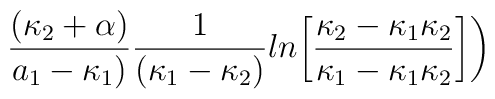
{(\kappa_2+\alpha)\over{a_1-\kappa_1)}}{1\over{(\kappa_1-\kappa_2)}}ln\biggl[{{\kappa_2-\kappa_1\kappa_2}\over{\kappa_1-\kappa_1\kappa_2}}\biggr]\biggr)